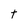
Character: t